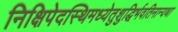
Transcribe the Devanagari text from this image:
निक्षिपेदस्थिमध्येतुशुद्धिर्भवतिनान्यथा